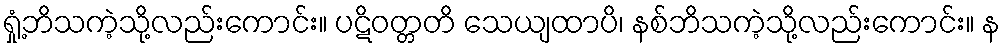
ရှုံ့ဘိသကဲ့သို့လည်းကောင်း။ ပဋိဝတ္တတိ သေယျထာပိ၊ နစ်ဘိသကဲ့သို့လည်းကောင်း။ န